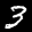
Label: 3